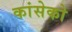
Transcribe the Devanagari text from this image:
कांसेको